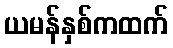
ယမန်နှစ်ကထက်